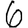
Digit: 6